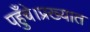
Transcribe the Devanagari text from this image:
पहुँचे।प्रख्यात